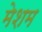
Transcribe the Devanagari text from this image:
मेशम